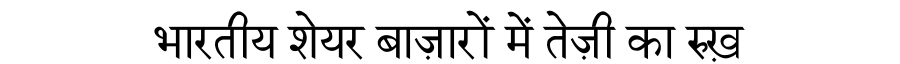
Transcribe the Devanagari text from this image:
भारतीय शेयर बाज़ारों में तेज़ी का रुख़